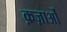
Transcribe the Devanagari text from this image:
क़ज़ाओं